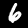
Label: 6